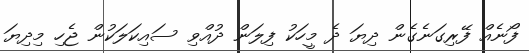
ފޯނެއް ފޭރިގަނެގެން ދިޔަ ދެ މީހަކު ފިލަން ދުއްވި ސައިކަލަކުން ޖެހި މިދިޔަ